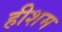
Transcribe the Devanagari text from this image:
हीशम